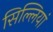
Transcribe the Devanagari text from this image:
सिल्लियां